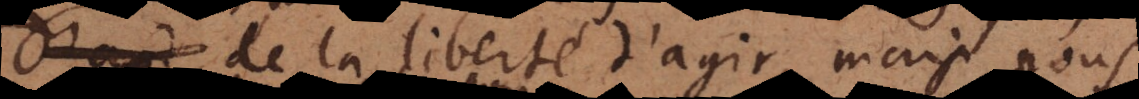
de la liberté d’agir, mais nous